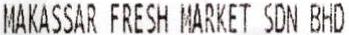
MAKASSAR FRESH MARKET SDN BHD